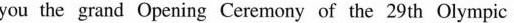
you the grand Opening Ceremony of the 29th Olympic